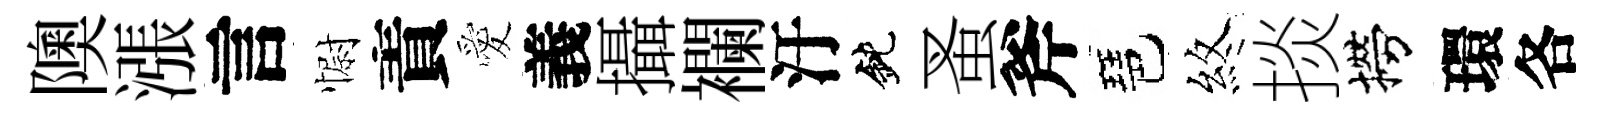
隩漲言𢠢責愛義攝襴汙鈍蚤斧琶煞掞撈環各